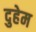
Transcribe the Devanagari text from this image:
दुहेम